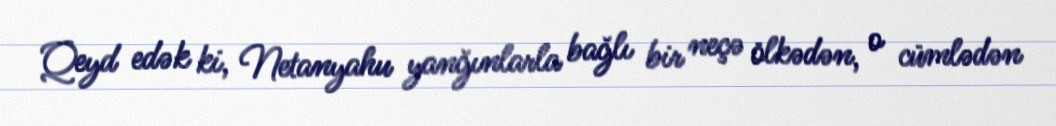
Qeyd edək ki, Netanyahu yanğınlarla bağlı bir neçə ölkədən, o cümlədən